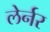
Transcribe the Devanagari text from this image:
लेर्नर